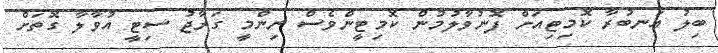
ބިލު އަނބުރާ ކޮމިޓިއަށް ފޮނުވާލުމުން ކޮމިޓީންވެސް ނިންމީ ގަރާޖު ސިޓީ އުވާލާ ގޮތަށް